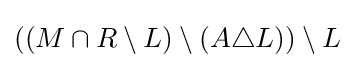
((M\cap R\setminus L)\setminus (A\triangle L))\setminus L